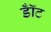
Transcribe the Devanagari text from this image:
डॉँट